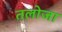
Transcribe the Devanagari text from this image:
तलोजा